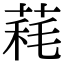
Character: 𦳁